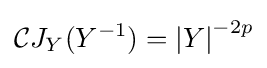
{\mathcal {C}}J_{Y}(Y^{-1})=\left|Y\right|^{-2p}